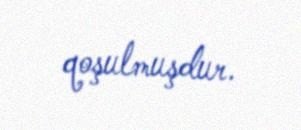
qoşulmuşdur.